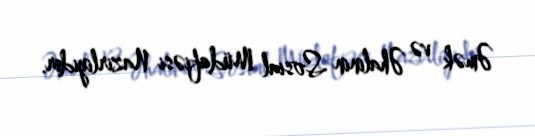
Əmək və Əhalinin Sosial Müdafiəsi Nazirliyidir.